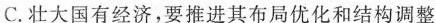
C.壮大国有经济，要推进其布局优化和结构调整